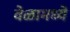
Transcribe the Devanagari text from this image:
वेळामध्ये